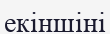
екіншіні